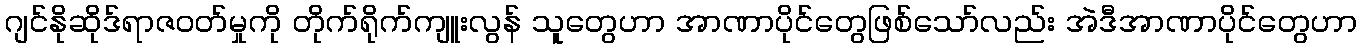
ဂျင်နိုဆိုဒ်ရာဇဝတ်မှုကို တိုက်ရိုက်ကျူးလွန် သူတွေဟာ အာဏာပိုင်တွေဖြစ်သော်လည်း အဲဒီအာဏာပိုင်တွေဟာ